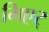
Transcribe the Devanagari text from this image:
मिएर्